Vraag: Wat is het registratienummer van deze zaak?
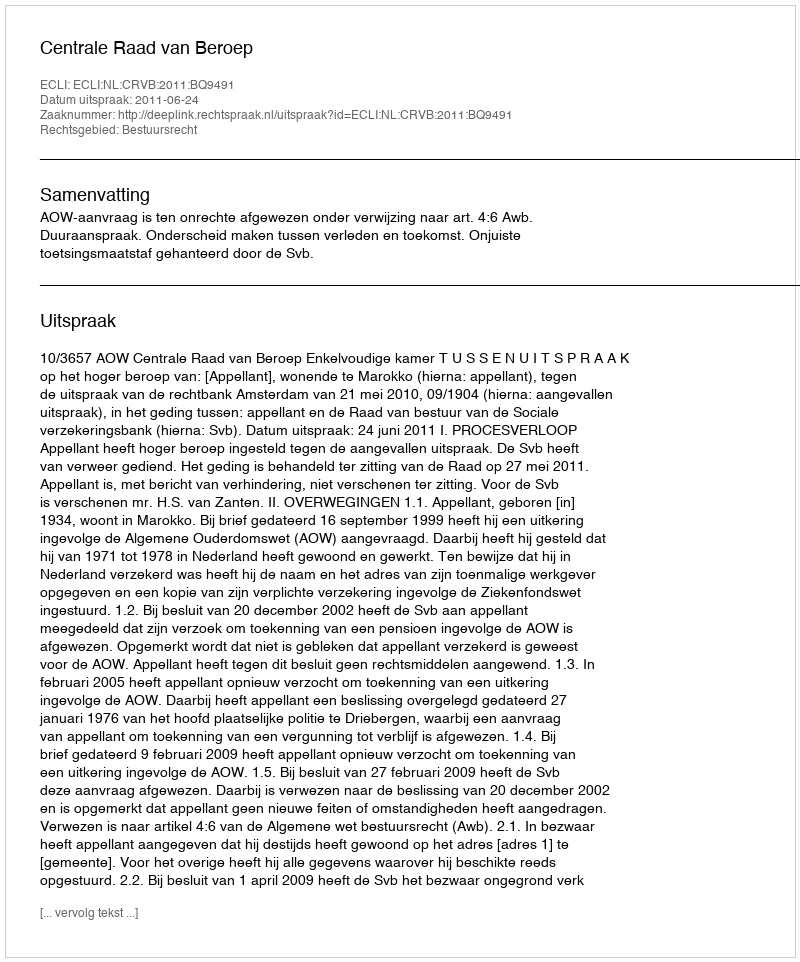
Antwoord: http://deeplink.rechtspraak.nl/uitspraak?id=ECLI:NL:CRVB:2011:BQ9491